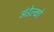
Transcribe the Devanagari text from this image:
अंडेल्को